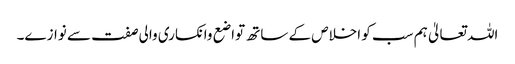
اللہ تعالیٰ ہم سب کو اخلاص کے ساتھ تواضع وانکساری والی صفت سے نوازے۔